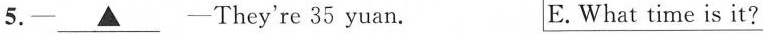
5.— \underline{▲} —They're 35 yuan. E. What time is it?